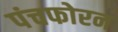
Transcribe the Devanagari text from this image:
पंचफोरन